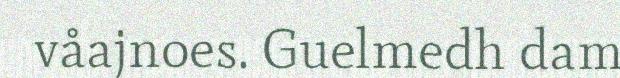
våajnoes. Guelmedh dam